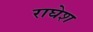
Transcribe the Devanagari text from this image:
राघेश